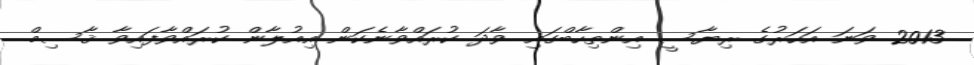
2013 ވަނަ އަހަރުގެ ރިޔާސީ އިންތިހާބްގައި ވާދަ ކުރައްވާނެކަން އިއުލާން ކުރައްވާފައިވާ ޤާސިމް